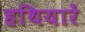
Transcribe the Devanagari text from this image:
हथियारें